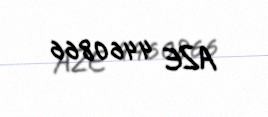
AZE 4460866